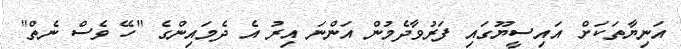
އަނިޔާތަކަށް އައިސީޔޫގައި ފަރުވާދެމުން އަންނަ އިރު އެ ދެމައިންގެ "ހޭ ވެސް ނެތް"